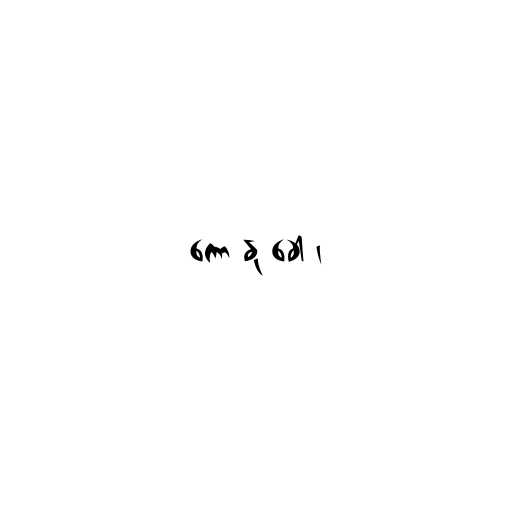
ကော နု ခေါ ၊